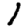
Digit: 1